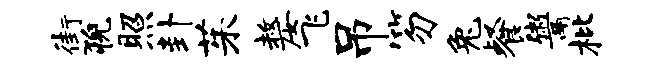
街猊照卦茱嫠飞吊笏兔餐鬻枇